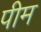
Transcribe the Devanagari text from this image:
पीम